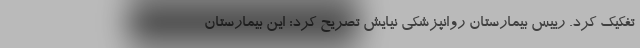
تفکیک کرد. رییس بیمارستان روانپزشکی نیایش تصریح کرد: این بیمارستان